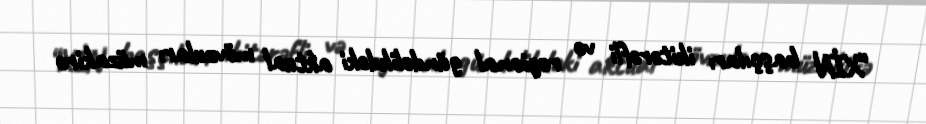
“XİN başçıları ikitərəfli və regional gündəlikdəki aktual mövzuları müzakirə